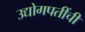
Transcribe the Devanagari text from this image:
उद्योगपतींची